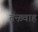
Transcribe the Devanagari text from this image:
तन्ख़्वाह